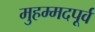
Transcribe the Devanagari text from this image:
मुहम्मदपूर्व